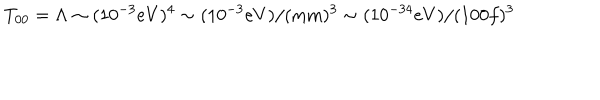
T _ { 0 0 } = \Lambda \sim ( 1 0 ^ { - 3 } e V ) ^ { 4 } \sim ( 1 0 ^ { - 3 } e V ) / ( \mathrm { m m } ) ^ { 3 } \sim ( 1 0 ^ { - 3 4 } e V ) / ( 1 0 0 f ) ^ { 3 }